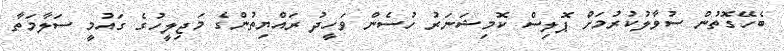
ބެހޭގޮތުން ސުވާލުކުރުމަށް ޕޮލިސް ކޮމިޝަނަރު ހުސެން ވަހީދު ރައްޔިތުންގެ މަޖިލީހުގެ ގައުމީ ސަލާމަތާ